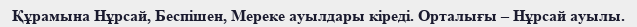
Құрамына Нұрсай, Беспішен, Мереке ауылдары кіреді. Орталығы – Нұрсай ауылы.